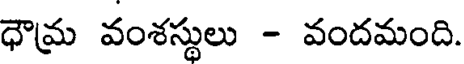
ధౌమ్ర వంశస్థులు - వందమంది.